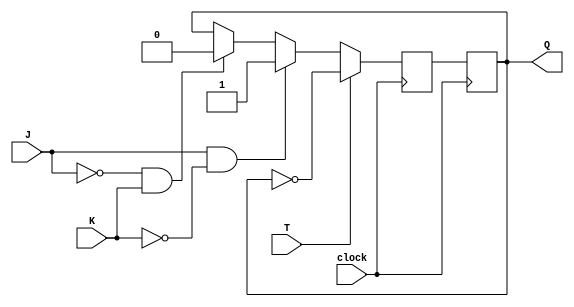
module t_ff_jk (
    input wire J,
    input wire K,
    input wire T,
    input wire clock,
    output reg Q
);

reg Q_next;

always @(posedge clock) begin
    if (T) begin
        Q_next <= ~Q;
    end else begin
        if (J & ~K) begin
            Q_next <= 1'b1;
        end else if (~J & K) begin
            Q_next <= 1'b0;
        end else begin
            Q_next <= Q;
        end
    end
end

always @(posedge clock) begin
    Q <= Q_next;
end

endmodule